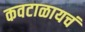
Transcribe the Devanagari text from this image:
कवटाळायचं